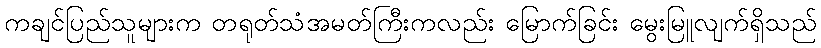
ကချင်ပြည်သူများက တရုတ်သံအမတ်ကြီးကလည်း မြောက်ခြင်း မွေးမြူလျက်ရှိသည်